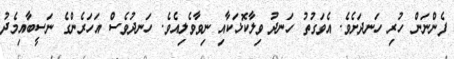
ފެންނަން ހުރި ހަނދަށެވެ. އެވަގުތު ހަނދު ވިލާކޮޅަކާއި ނިވާވެލިއެވެ. ހަނދުވެސް އަހަރެންގެ ނަސީބާއިމެދު